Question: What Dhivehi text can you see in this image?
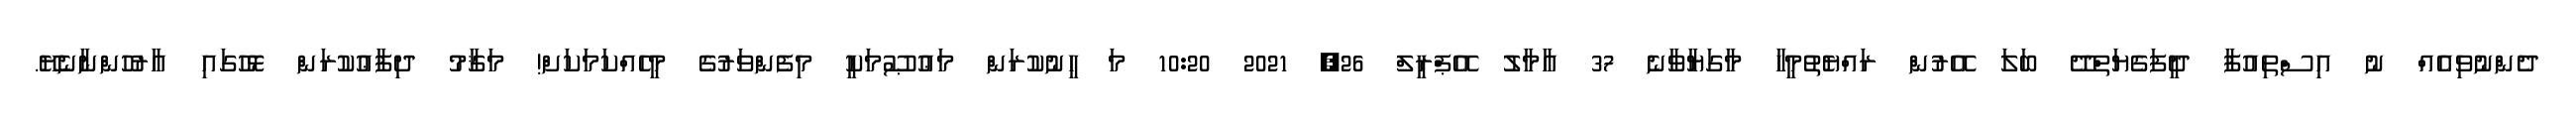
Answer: ދެންނުވިއެއް ނު އިސްތިއުފާ ދީފަގެޔަތްދޭ ބަލަ އޭރުން ރައްޔެތުމީހާ މާގަޔާވާނެ 37 އާމާލު އޭޕްރީލް 26, 2021 10:20 މަ ހީނުކުރަން މަޢުޞޫމަކީ މިފެންވަރުގެ މީހެއްކަމަކަށް! މަޤާމު ދިފާޢުކުރަން ޅޮހުގައި އާރުހުންނާނެޔޭ.